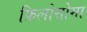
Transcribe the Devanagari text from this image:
फ़िलोसोमा